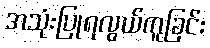
အသုံးပြုရလွယ်ကူခြင်း